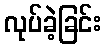
လုပ်ခဲ့ခြင်း